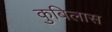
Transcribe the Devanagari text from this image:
कुबिलास